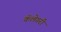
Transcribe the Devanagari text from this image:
कॅलेगरी